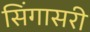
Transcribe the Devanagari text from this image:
सिंगासरी